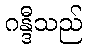
ဂန္ဒီသည်